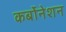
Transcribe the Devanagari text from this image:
कर्बोनेशन